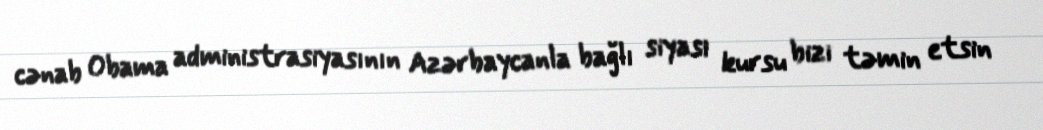
cənab Obama administrasiyasının Azərbaycanla bağlı siyasi kursu bizi təmin etsin